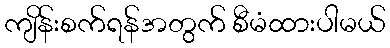
ကျိန်းစက်ရန်အတွက် စီမံထားပါမယ်